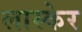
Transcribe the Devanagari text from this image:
लास्केर